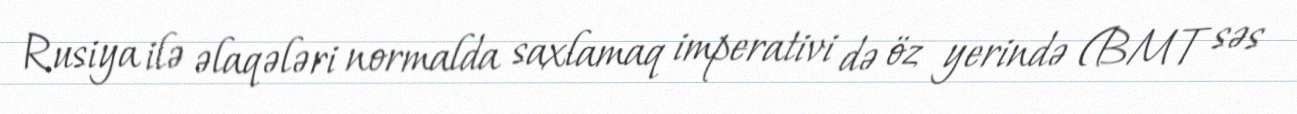
Rusiya ilə əlaqələri normalda saxlamaq imperativi də öz yerində (BMT səs